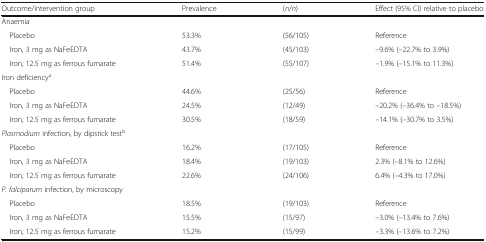
<table><thead><tr><td><b>Outcome/intervention group</b></td><td><b>Prevalence</b></td><td><b>(<i>n</i>/<i>n</i>)</b></td><td><b>Effect (95% CI) relative to placebo</b></td></tr></thead><tbody><tr><td colspan="4">Anaemia</td></tr><tr><td> Placebo</td><td>53.3%</td><td>(56/105)</td><td>Reference</td></tr><tr><td> Iron, 3 mg as NaFeEDTA</td><td>43.7%</td><td>(45/103)</td><td>–9.6% (–22.7% to 3.9%)</td></tr><tr><td> Iron, 12.5 mg as ferrous fumarate</td><td>51.4%</td><td>(55/107)</td><td>–1.9% (–15.1% to 11.3%)</td></tr><tr><td colspan="4">Iron deficiency<sup>a</sup></td></tr><tr><td> Placebo</td><td>44.6%</td><td>(25/56)</td><td>Reference</td></tr><tr><td> Iron, 3 mg as NaFeEDTA</td><td>24.5%</td><td>(12/49)</td><td>–20.2% (–36.4% to –18.5%)</td></tr><tr><td> Iron, 12.5 mg as ferrous fumarate</td><td>30.5%</td><td>(18/59)</td><td>–14.1% (–30.7% to 3.5%)</td></tr><tr><td colspan="4"><i>Plasmodium</i> infection, by dipstick test<sup>b</sup></td></tr><tr><td> Placebo</td><td>16.2%</td><td>(17/105)</td><td>Reference</td></tr><tr><td> Iron, 3 mg as NaFeEDTA</td><td>18.4%</td><td>(19/103)</td><td>2.3% (–8.1% to 12.6%)</td></tr><tr><td> Iron, 12.5 mg as ferrous fumarate</td><td>22.6%</td><td>(24/106)</td><td>6.4% (–4.3% to 17.0%)</td></tr><tr><td colspan="4"><i>P. falciparum</i> infection, by microscopy</td></tr><tr><td> Placebo</td><td>18.5%</td><td>(19/103)</td><td>Reference</td></tr><tr><td> Iron, 3 mg as NaFeEDTA</td><td>15.5%</td><td>(15/97)</td><td>–3.0% (–13.4% to 7.6%)</td></tr><tr><td> Iron, 12.5 mg as ferrous fumarate</td><td>15.2%</td><td>(15/99)</td><td>–3.3% (–13.6% to 7.2%)</td></tr></tbody></table>